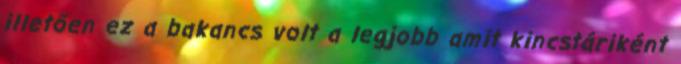
illetően ez a bakancs volt a legjobb amit kincstáriként